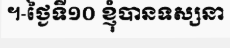
។-ថ្ងៃទី១០ ខ្ញុំបានទស្សនា